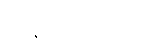
အာဏာပိုင်တို့